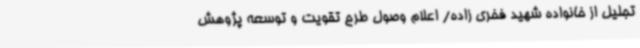
تجلیل از خانواده شهید فخری زاده/ اعلام وصول طرح تقویت و توسعه پژوهش